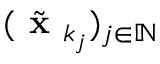
( { \tilde { \textbf { x } } } _ { k _ { j } } ) _ { j \in \mathbb { N } }